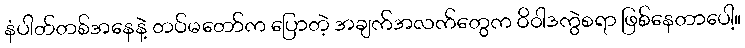
နံပါတ်တစ်အနေနဲ့ တပ်မတော်က ပြောတဲ့ အချက်အလက်တွေက ဝိဝါဒကွဲစရာ ဖြစ်နေတာပေါ့။